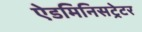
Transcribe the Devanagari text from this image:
ऐडमिनिसट्रेटर